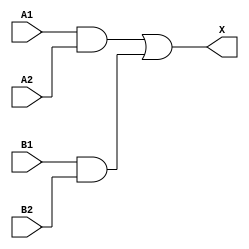
module sky130_fd_sc_hvl__a22o (
    X ,
    A1,
    A2,
    B1,
    B2
);

    // Module ports
    output X ;
    input  A1;
    input  A2;
    input  B1;
    input  B2;

    // Local signals
    wire and0_out ;
    wire and1_out ;
    wire or0_out_X;

    //  Name  Output     Other arguments
    and and0 (and0_out , B1, B2            );
    and and1 (and1_out , A1, A2            );
    or  or0  (or0_out_X, and1_out, and0_out);
    buf buf0 (X        , or0_out_X         );

endmodule